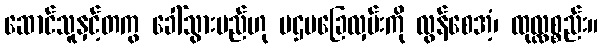
ဆောင်သူနှင့်တကွ ခေါ်သွားမည်ဟု ပဌမခြေလှမ်းကို လွန်စေအံ့၊ ထုလ္လစ္စည်း။